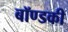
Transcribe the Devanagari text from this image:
बॉण्डकी